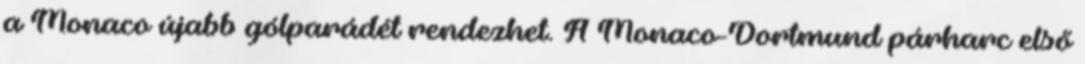
a Monaco újabb gólparádét rendezhet. A Monaco-Dortmund párharc első